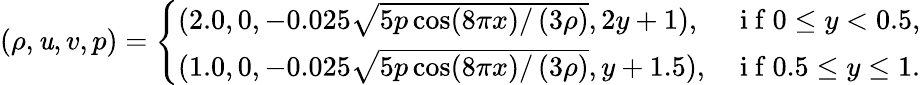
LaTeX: (\rho,\mathit{u},v,p)=\left\{ \begin{array}{ll}{(2.0,0,-0.025\sqrt{5p\cos(8\pi x)/\left(3\rho\right)},2y+1),}&{\mathrm{~i~f~}0\leq y<0.5,}\\ {(1.0,0,-0.025\sqrt{5p\cos(8\pi x)/\left(3\rho\right)},y+1.5),}&{\mathrm{~i~f~}0.5\leq y\leq 1.}\end{array}\right.